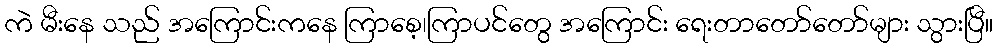
ကဲ မီးနေ သည် အကြောင်းကနေ ကြာစေ့၊ကြာပင်တွေ အကြောင်း ရေးတာတော်တော်များ သွားပြီ။